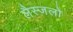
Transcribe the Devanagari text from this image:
लैस्जलो